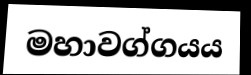
මහාවග්ගයය